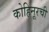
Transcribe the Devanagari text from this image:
कोहिनूरची